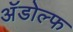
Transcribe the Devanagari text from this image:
अॅडोल्फ